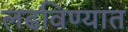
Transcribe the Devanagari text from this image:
लढविण्यात